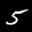
Label: 5